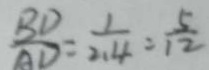
\frac { B D } { A D } = \frac { 1 } { 2 . 4 } = \frac { 5 } { 1 2 }